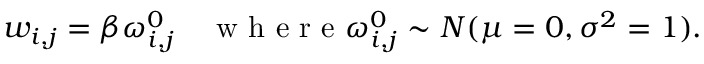
w _ { i , j } = \beta \omega _ { i , j } ^ { 0 } \quad \mathrm { ~ w ~ h ~ e ~ r ~ e ~ } \omega _ { i , j } ^ { 0 } \sim N ( \mu = 0 , \sigma ^ { 2 } = 1 ) .